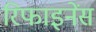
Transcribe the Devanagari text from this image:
रिफाइनेंस